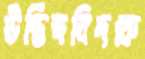
উদ্ভিদবিদকে